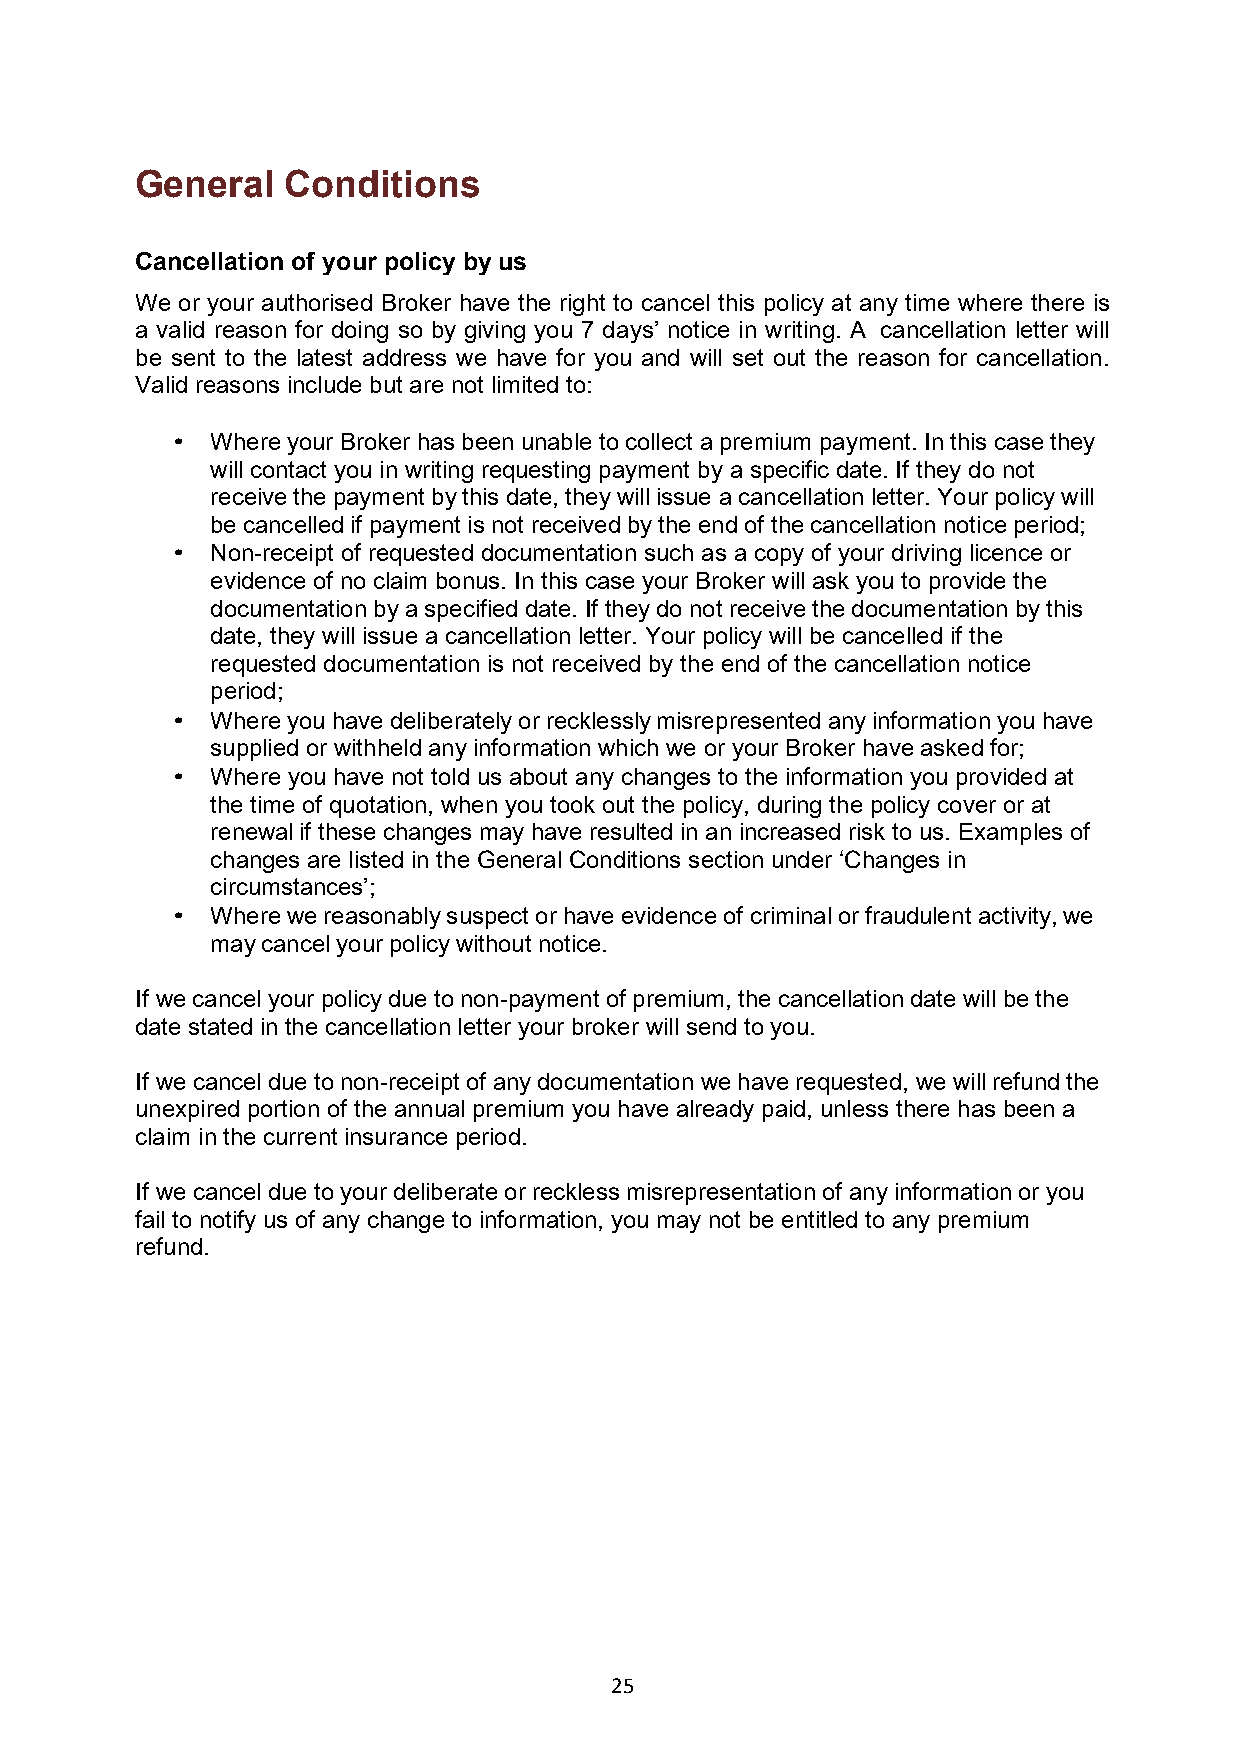
General   Conditions
 Cancellation of your policy by us
 We or your authorised Broker have the right to cancel this policy at any time where there is
 a valid reason for doing so by giving you 7 days’ notice in writing. A cancellation letter will
 be sent to the latest address we have for you and will set out the reason for cancellation.
 Valid reasons include but are not limited to:
 •  Where your Broker has been unable to collect a premium payment. In this case they
 will contact you in writing requesting payment by a specific date. If they do not
 receive the payment by this date, they will issue a cancellation letter. Your policy will
 be cancelled if payment is not received by the end of the cancellation notice period;
 •  Non-receipt of requested documentation such as a copy of your driving licence or
 evidence of no claim bonus. In this case your Broker will ask you to provide the
 documentation by a specified date. If they do not receive the documentation by this
 date, they will issue a cancellation letter. Your policy will be cancelled if the
 requested documentation is not received by the end of the cancellation notice
 period;
 •  Where you have deliberately or recklessly misrepresented any information you have
 supplied or withheld any information which we or your Broker have asked for;
 •  Where you have not told us about any changes to the information you provided at
 the time of quotation, when you took out the policy, during the policy cover or at
 renewal if these changes may have resulted in an increased risk to us. Examples of
 changes are listed in the General Conditions section under ‘Changes in
 circumstances’;
 •  Where we reasonably suspect or have evidence of criminal or fraudulent activity, we
 may cancel your policy without notice.
 If we cancel your policy due to non-payment of premium, the cancellation date will be the
 date stated in the cancellation letter your broker will send to you.
 If we cancel due to non-receipt of any documentation we have requested, we will refund the
 unexpired portion of the annual premium you have already paid, unless there has been a
 claim in the current insurance period.
 If we cancel due to your deliberate or reckless misrepresentation of any information or you
 fail to notify us of any change to information, you may not be entitled to any premium
 refund.
 25